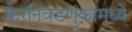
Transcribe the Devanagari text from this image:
फेरनिवडणुकांमध्ये